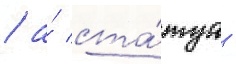
/ а́ ста́туа -